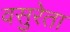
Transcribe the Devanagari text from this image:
वसुरेता